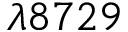
\lambda 8 7 2 9